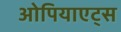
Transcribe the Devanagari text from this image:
ओपियाएट्स